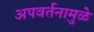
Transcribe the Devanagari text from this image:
अपवर्तनामुळे